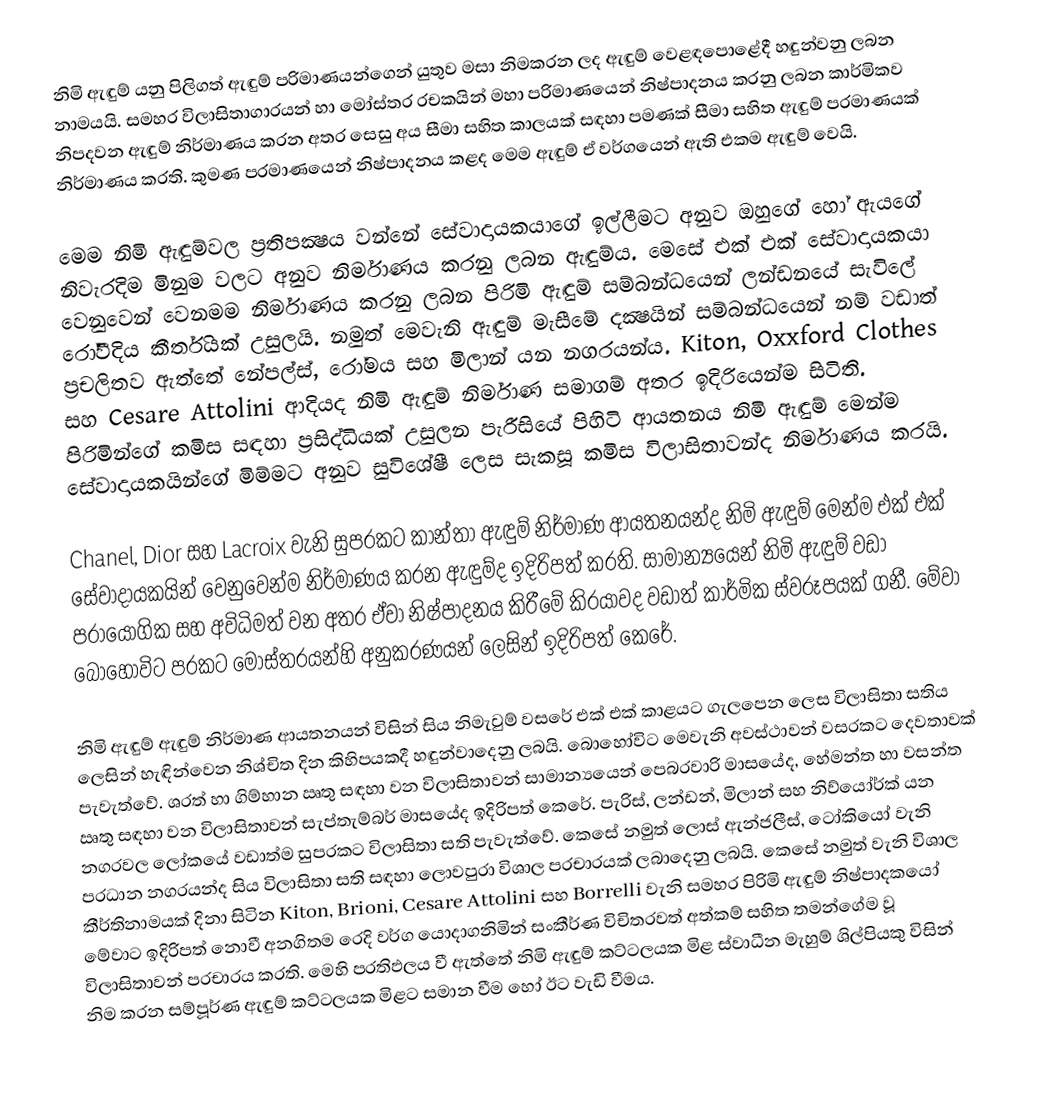
නිමි ඇඳුම් යනු පිලිගත් ඇඳුම් පරිමාණයන්ගෙන් යුතුව මසා නිමකරන ලද ඇඳුම් වෙළඳපොළේදී හඳුන්වනු ලබන නාමයයි. සමහර විලාසිතාගාරයන් හා මෝස්තර රචකයින් මහා පරිමාණයෙන් නිෂ්පාදනය කරනු ලබන කාර්මිකව නිපදවන ඇඳුම් නිර්මාණය කරන අතර සෙසු අය සීමා සහිත කාලයක් සඳහා පමණක් සීමා සහිත ඇඳුම් ප‍්‍රමාණයක් නිර්මාණය කරති. කුමණ ප‍්‍රමාණයෙන් නිෂ්පාදනය කළද මෙම ඇඳුම් ඒ වර්ගයෙන් ඇති එකම ඇඳුම් වෙයි.

මෙම නිමි ඇඳුම්වල ප‍්‍රතිපක්‍ෂය වන්නේ සේවාදායකයාගේ ඉල්ලීමට අනුව ඔහුගේ හෝ ඇයගේ නිවැරදිම මිනුම වලට අනුව නිර්මාණය කරනු ලබන ඇඳුම්ය. මෙසේ එක් එක් සේවාදායකයා වෙනුවෙන් වෙනමම නිර්මාණය කරනු ලබන පිරිමි ඇඳුම් සම්බන්ධයෙන් ලන්ඩනයේ සැවිලේ රෝවීදිය කීර්තියක් උසුලයි. නමුත් මෙවැනි ඇඳුම් මැසීමේ දක්‍ෂයින් සම්බන්ධයෙන් නම් වඩාත් ප‍්‍රචලිතව ඇත්තේ නේපල්ස්, රෝමය සහ මිලාන් යන නගරයන්ය. Kiton, Oxxford Clothes සහ Cesare Attolini ආදියද නිමි ඇඳුම් නිර්මාණ සමාගම් අතර ඉදිරියෙන්ම සිටිති. පිරිමින්ගේ කමිස සඳහා ප‍්‍රසිද්ධියක් උසුලන පැරීසියේ පිහිටි ආයතනය නිමි ඇඳුම් මෙන්ම සේවාදායකයින්ගේ මිම්මට අනුව සුවිශේෂී ලෙස සැකසූ කමිස විලාසිතාවන්ද නිර්මාණය කරයි.

Chanel, Dior සහ Lacroix වැනි සුප‍්‍රකට කාන්තා ඇඳුම් නිර්මාණ ආයතනයන්ද නිමි ඇඳුම් මෙන්ම එක් එක් සේවාදායකයින් වෙනුවෙන්ම නිර්මාණය කරන ඇඳුම්ද ඉදිරිපත් කරති. සාමාන්‍යයෙන් නිමි ඇඳුම් වඩා ප‍්‍රායෝගික සහ අවිධිමත් වන අතර ඒවා නිෂ්පාදනය කිරීමේ කි‍්‍රයාවද වඩාත් කාර්මික ස්වරූපයක් ගනී. මේවා බොහෝවිට ප‍්‍රකට මෝස්තරයන්හි අනුකරණයන් ලෙසින් ඉදිරිපත් කෙරේ.

නිමි ඇඳුම් ඇඳුම් නිර්මාණ ආයතනයන් විසින් සිය නිමැවුම් වසරේ එක් එක් කාළයට ගැලපෙන ලෙස විලාසිතා සතිය ලෙසින් හැඳින්වෙන නිශ්චිත දින කිහිපයකදී හඳුන්වාදෙනු ලබයි. බොහෝවිට මෙවැනි අවස්ථාවන් වසරකට දෙවතාවක් පැවැත්වේ. ශරත් හා ගිම්හාන ඍතු සඳහා වන විලාසිතාවන් සාමාන්‍යයෙන් පෙබරවාරි මාසයේද, හේමන්ත හා වසන්ත ඍතු සඳහා වන විලාසිතාවන් සැප්තැම්බර් මාසයේද ඉදිරිපත් කෙරේ. පැරිස්, ලන්ඩන්, මිලාන් සහ නිව්යෝර්ක් යන නගරවල ලෝකයේ වඩාත්ම සුප‍්‍රකට විලාසිතා සති පැවැත්වේ. කෙසේ නමුත් ලොස් ඇන්ජලීස්, ටෝකියෝ වැනි ප‍්‍රධාන නගරයන්ද සිය විලාසිතා සති සඳහා ලොවපුරා විශාල ප‍්‍රචාරයක් ලබාදෙනු ලබයි. කෙසේ නමුත් වැනි විශාල කීර්තිනාමයක් දිනා සිටින Kiton, Brioni, Cesare Attolini සහ Borrelli වැනි සමහර පිරිමි ඇඳුම් නිෂ්පාදකයෝ මේවාට ඉදිරිපත් නොවී අනගිතම රෙදි වර්ග යොදාගනිමින්  සංකීර්ණ විචිත‍්‍රවත් අත්කම් සහිත තමන්ගේම වූ විලාසිතාවන් ප‍්‍රචාරය කරති. මෙහි ප‍්‍රතිඵලය වී ඇත්තේ නිමි ඇඳුම් කට්ටලයක මිළ ස්වාධීන මැහුම් ශිල්පියකු විසින් නිම කරන සම්පූර්ණ ඇඳුම් කට්ටලයක මිළට සමාන වීම හෝ ඊට වැඩි වීමය.